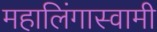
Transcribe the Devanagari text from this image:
महालिंगास्वामी